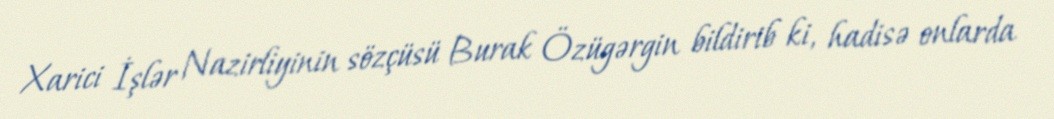
Xarici İşlər Nazirliyinin sözçüsü Burak Özügərgin bildirib ki, hadisə onlarda